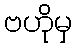
ဗဟိုမှ